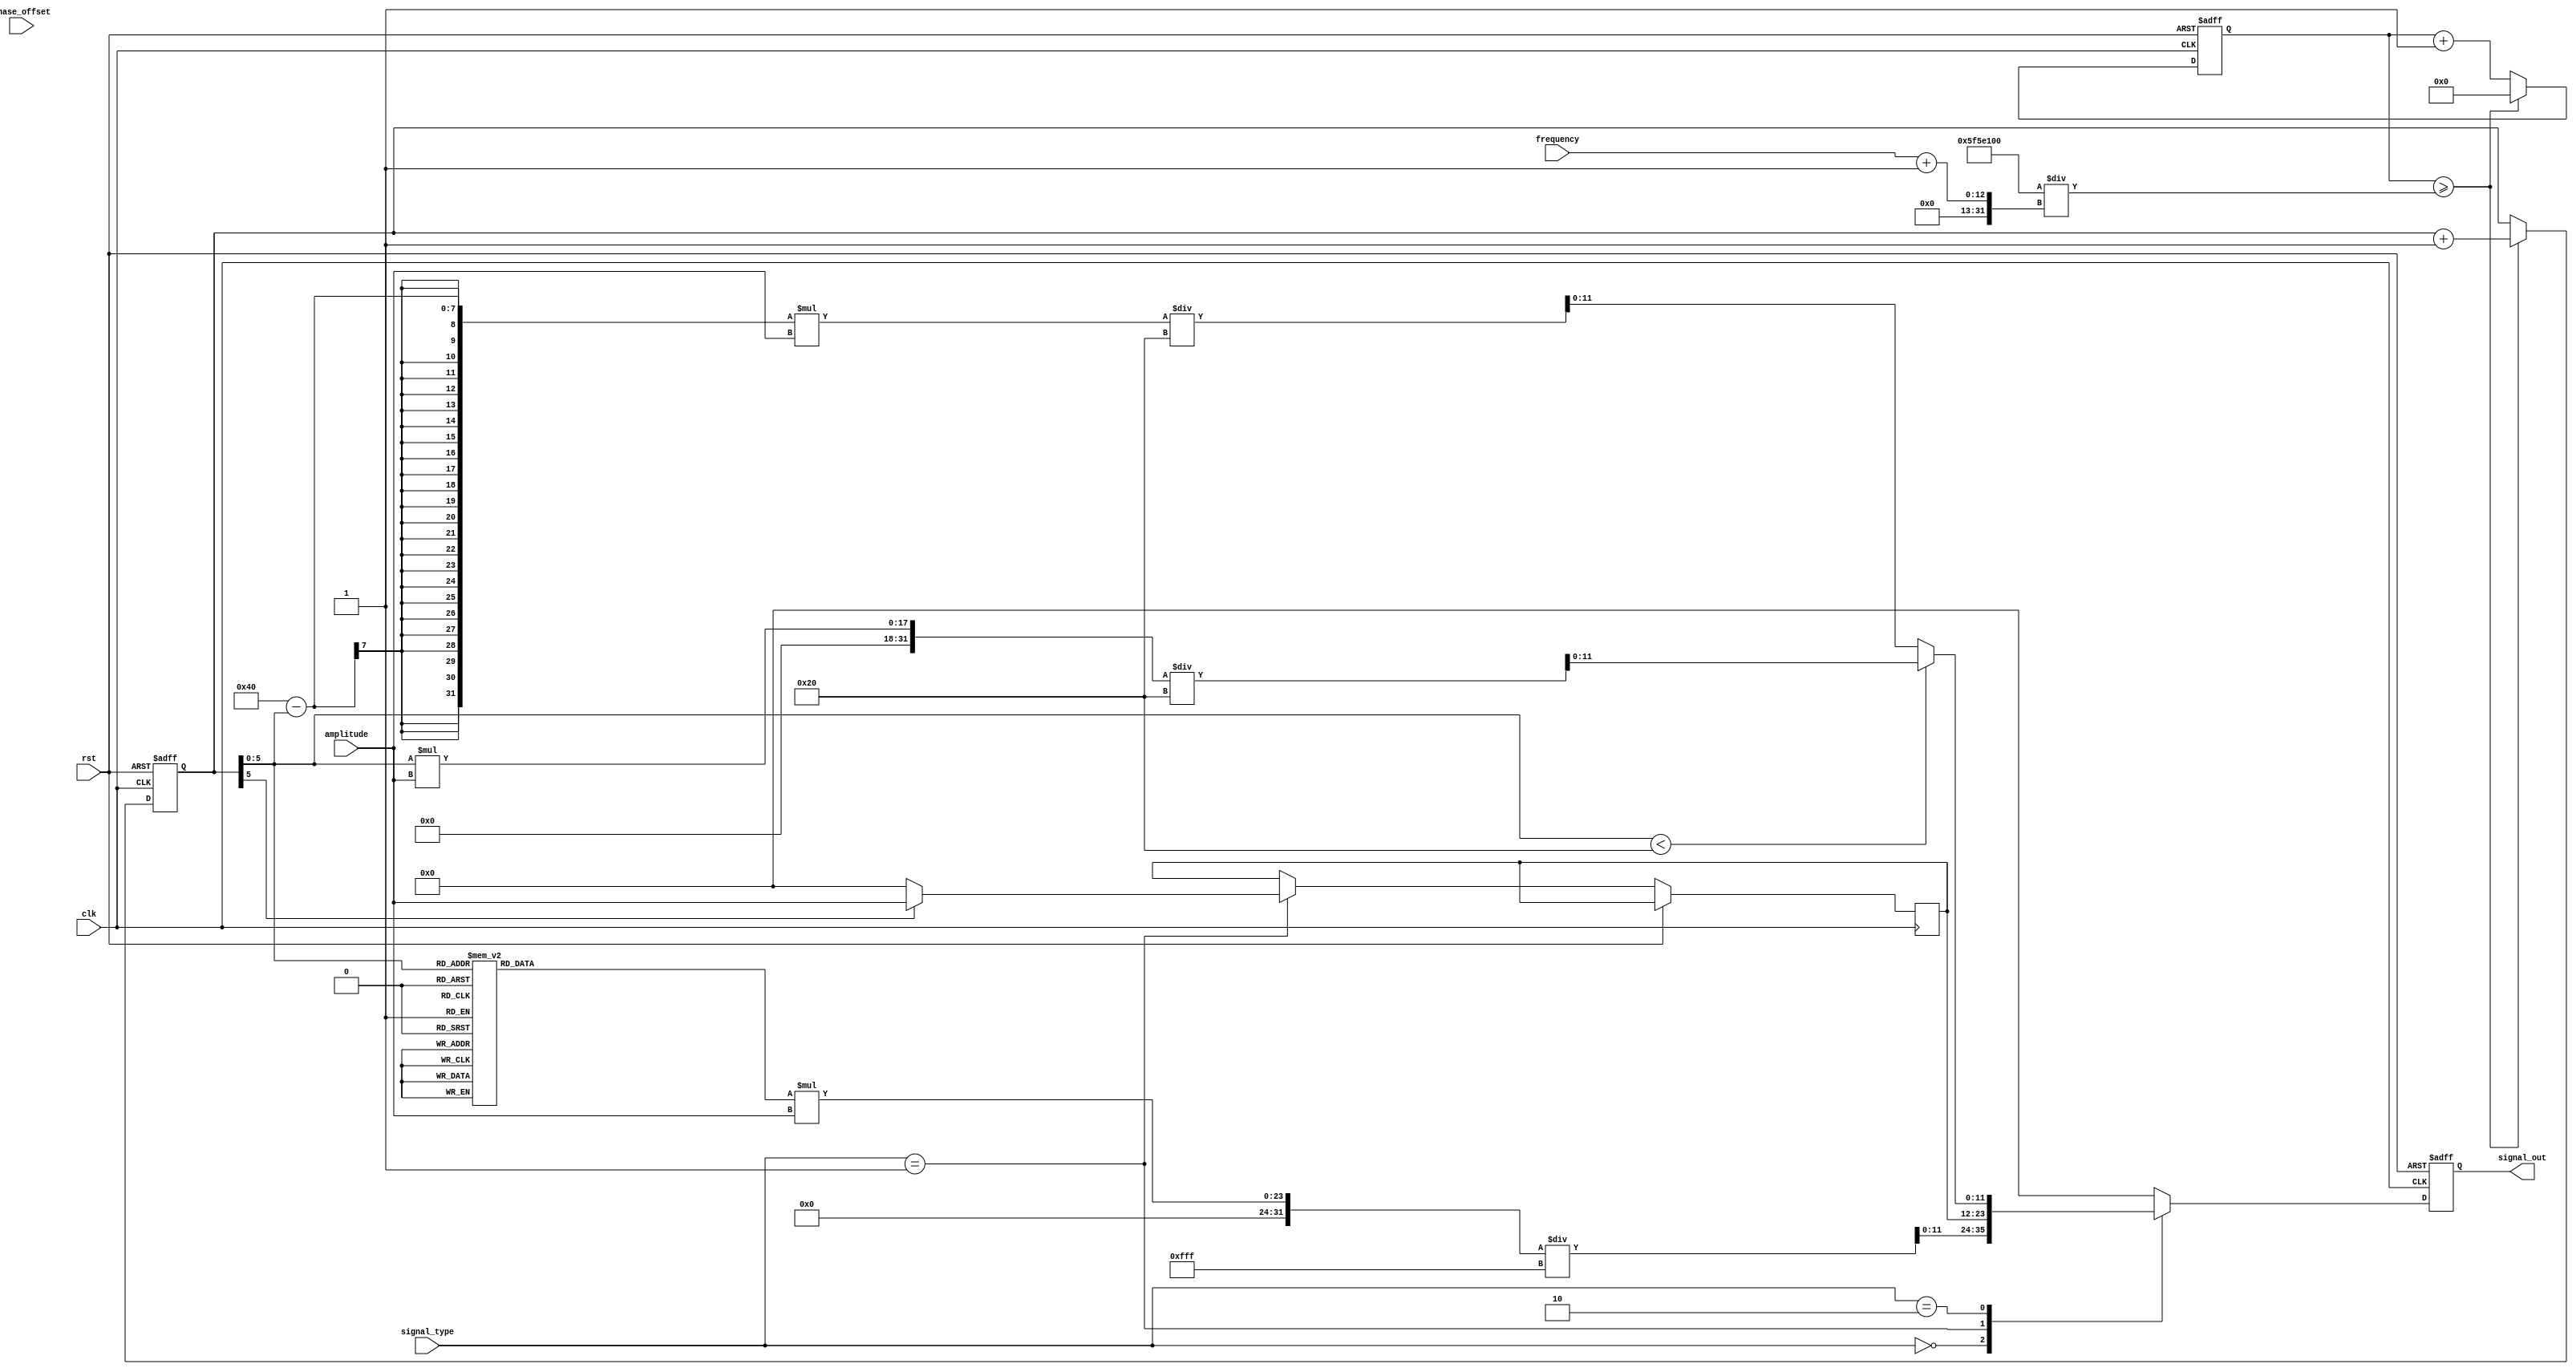
module parameterized_signal_generator #(
    parameter DATA_WIDTH = 12, // Width of the output signal
    parameter AMPLITUDE_MAX = 4095, // Maximum amplitude value for the output
    parameter CLOCK_FREQ = 100_000_000 // Input clock frequency in Hz
)(
    input wire clk, // Clock input
    input wire rst, // Reset input
    input wire [1:0] signal_type, // Signal type selection: 00 - Sine, 01 - Square, 10 - Triangle
    input wire [DATA_WIDTH-1:0] frequency, // Frequency control
    input wire [DATA_WIDTH-1:0] amplitude, // Amplitude control
    input wire [DATA_WIDTH-1:0] phase_offset, // Phase offset
    output reg [DATA_WIDTH-1:0] signal_out // Output signal
);

    // Internal parameters
    localparam SINE = 2'b00;
    localparam SQUARE = 2'b01;
    localparam TRIANGLE = 2'b10;

    // Frequency divider and phase accumulator
    reg [31:0] counter;
    reg [31:0] phase_accumulator;
    wire [31:0] phase_increment;
    wire [DATA_WIDTH-1:0] sine_wave;
    wire [DATA_WIDTH-1:0] triangle_wave;
    reg [DATA_WIDTH-1:0] square_wave;

    // Frequency increment calculation
    assign phase_increment = (CLOCK_FREQ / (frequency + 1)); // Adjust frequency calculation

    // Sine wave lookup table (for simplicity, using a small example)
    reg [DATA_WIDTH-1:0] sine_lut [0:63]; // LUT for sine values
    initial begin
        // Initialize sine lookup table (values should be normalized to AMPLITUDE_MAX)
        sine_lut[0] = 0;
        sine_lut[1] = AMPLITUDE_MAX / 8;
        sine_lut[2] = AMPLITUDE_MAX / 4;
        sine_lut[3] = AMPLITUDE_MAX / 2;
        sine_lut[4] = AMPLITUDE_MAX * 3 / 4;
        sine_lut[5] = AMPLITUDE_MAX;
        // Fill in the rest of the sine values...
        // For simplicity, we only fill a few values here.
    end

    // Triangle wave generation
    always @(posedge clk or posedge rst) begin
        if (rst) begin
            counter <= 0;
            phase_accumulator <= 0;
            signal_out <= 0;
        end else begin
            counter <= counter + 1;
            if (counter >= phase_increment) begin
                counter <= 0;
                phase_accumulator <= phase_accumulator + 1; // Increment phase accumulator
            end

            // Generate output signal based on selected type
            case (signal_type)
                SINE: begin
                    signal_out <= (sine_lut[phase_accumulator[5:0]] * amplitude) / AMPLITUDE_MAX; // Normalize
                end
                SQUARE: begin
                    square_wave <= (phase_accumulator[5] == 1) ? amplitude : 0; // Square wave generation
                    signal_out <= square_wave;
                end
                TRIANGLE: begin
                    if (phase_accumulator[5:0] < 32) begin
                        signal_out <= (phase_accumulator[5:0] * amplitude) / 32; // Rising edge
                    end else begin
                        signal_out <= ((64 - phase_accumulator[5:0]) * amplitude) / 32; // Falling edge
                    end
                end
                default: begin
                    signal_out <= 0; // Default case
                end
            endcase
        end
    end

endmodule